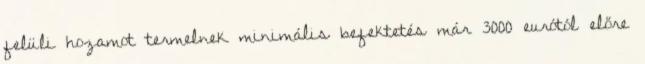
felüli hozamot termelnek minimális befektetés már 3000 eurótól előre